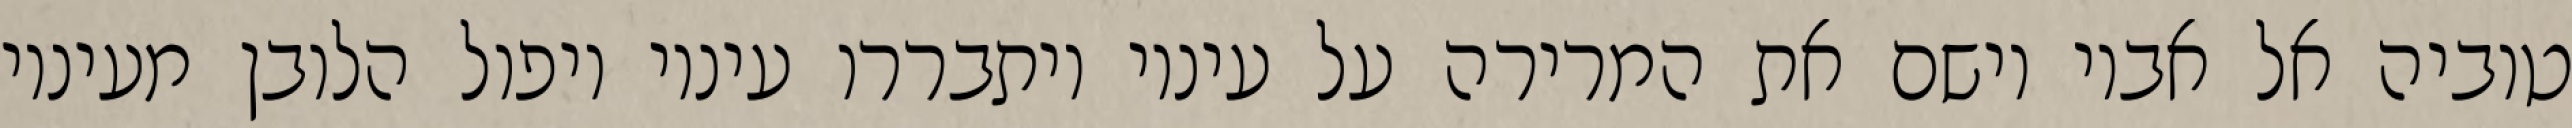
טוביה אל אביו וישם את המרירה על עיניו ויתבררו עיניו ויפול הלובן מעיניו